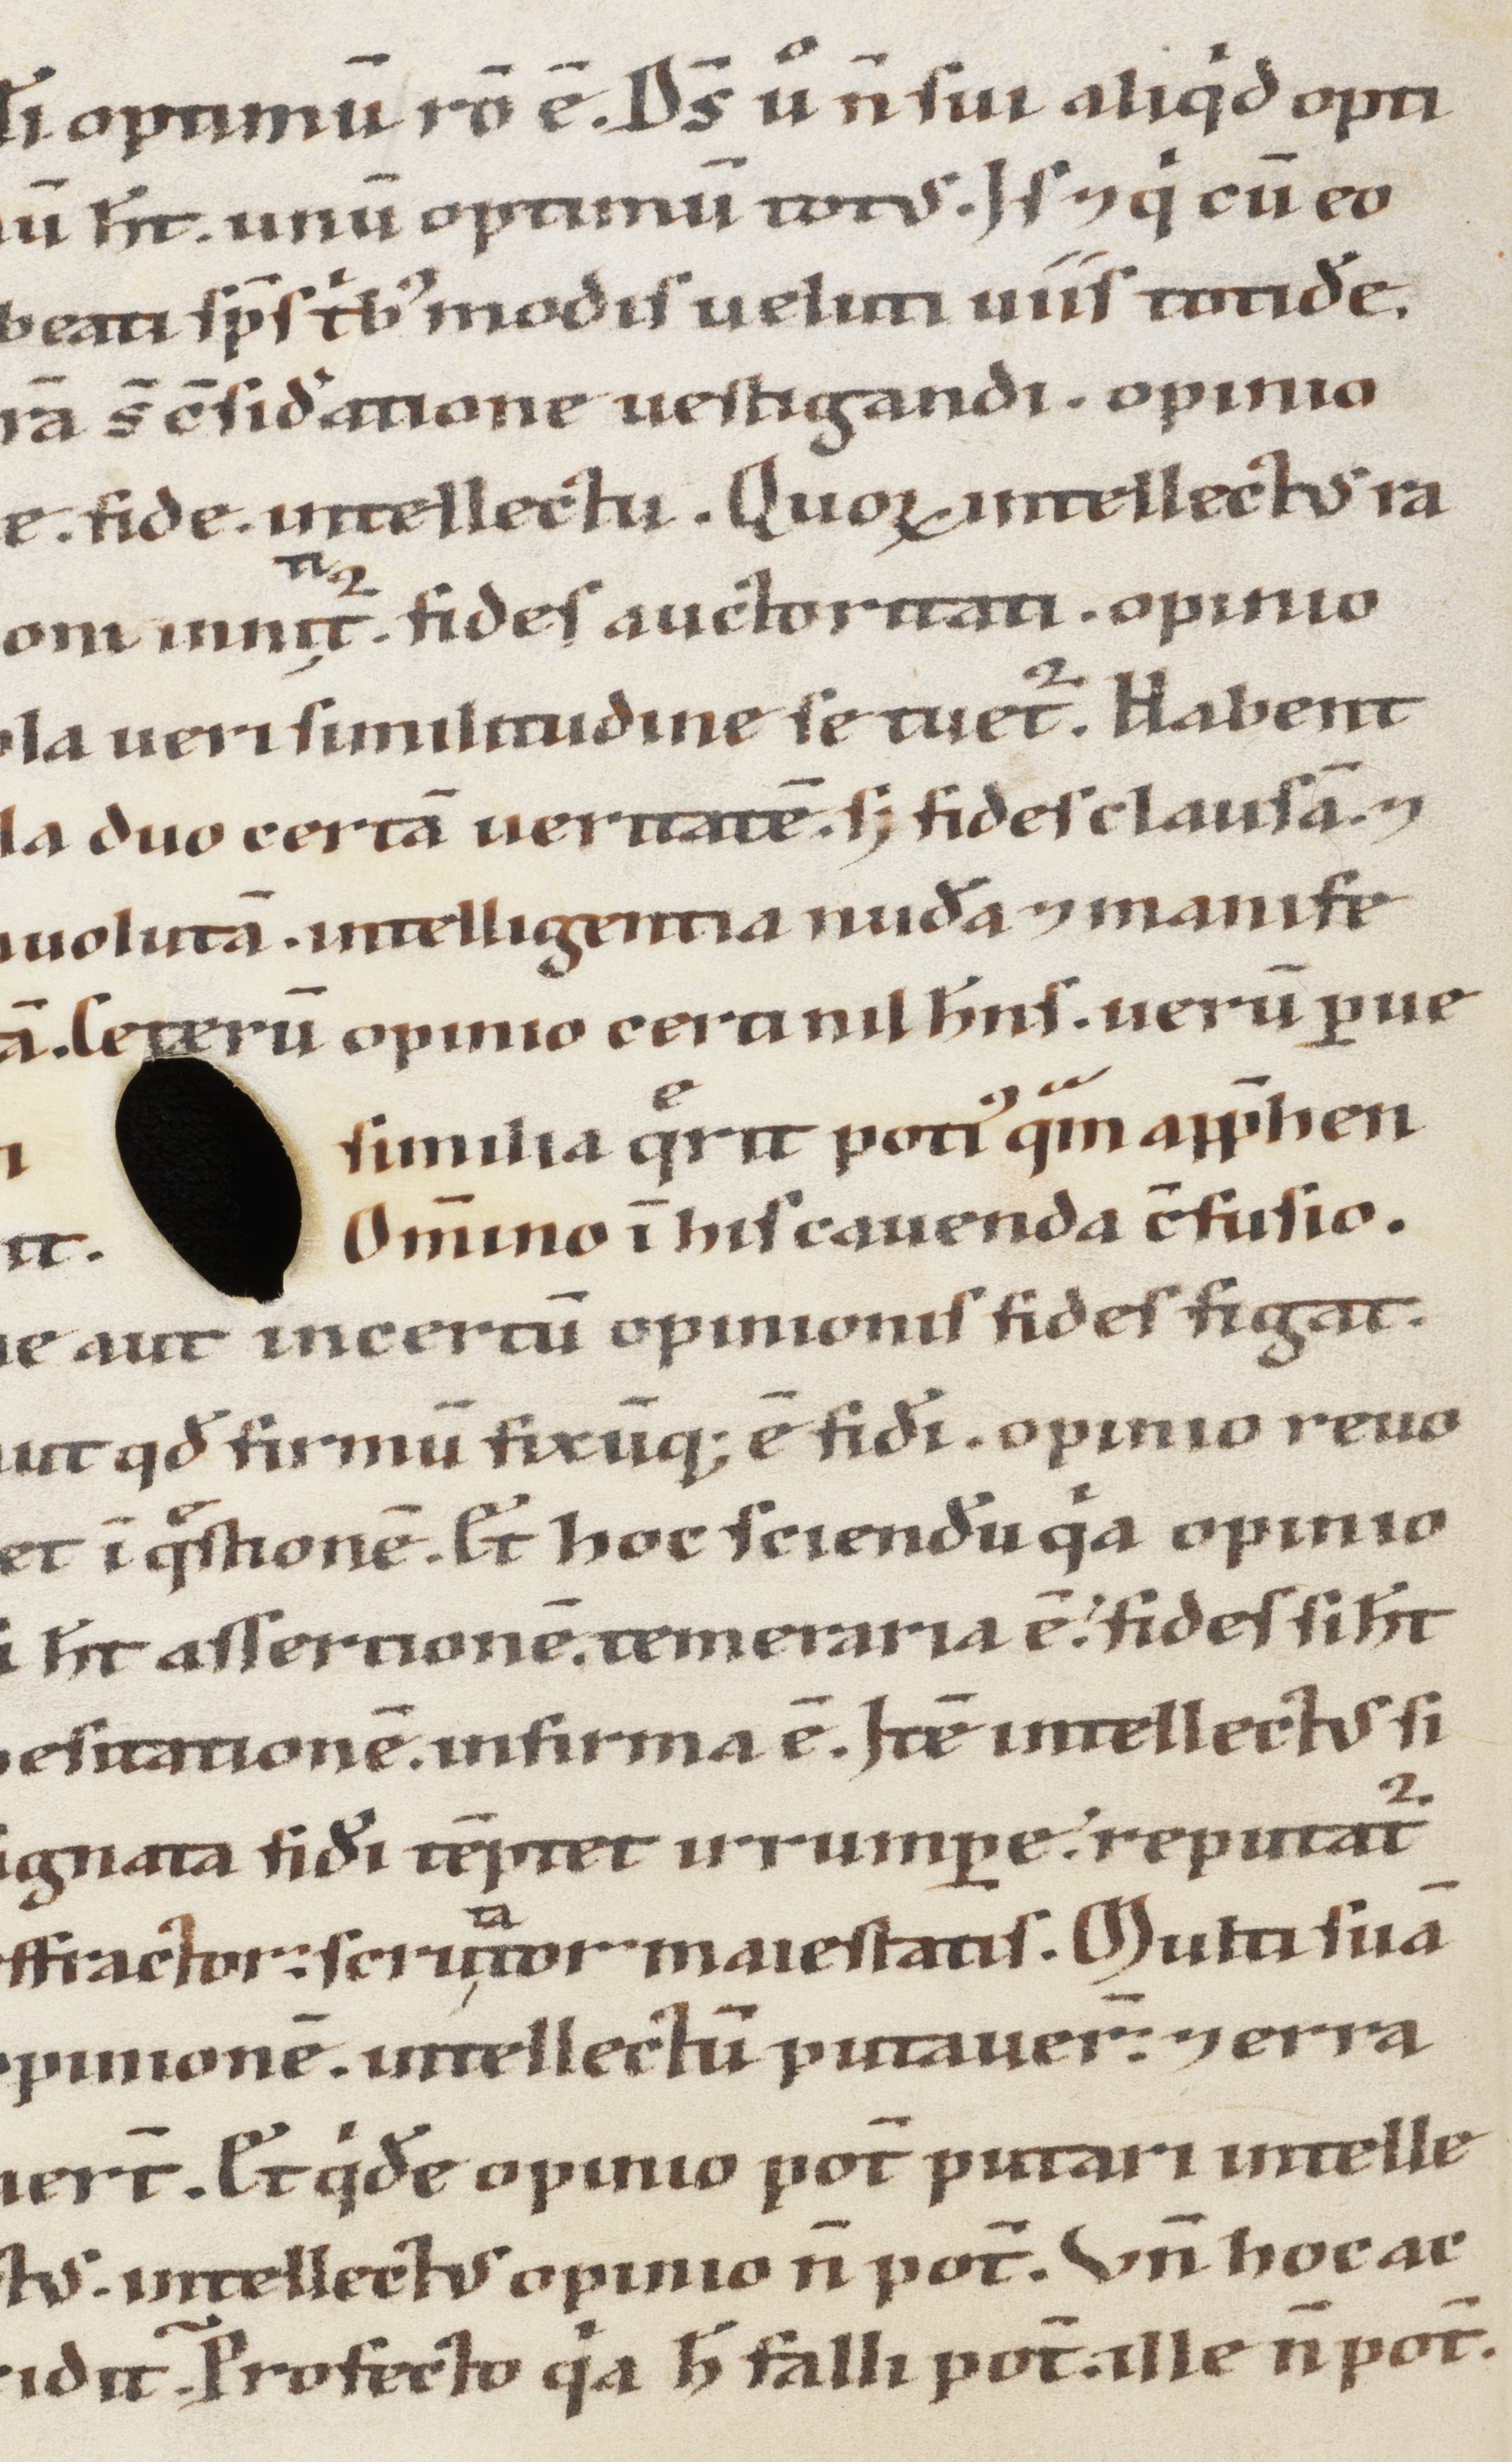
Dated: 1100–1199